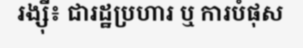
រង្ស៊ី៖ ជារដ្ឋប្រហារ ឬ ការបំផុស